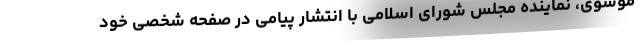
موسوی، نماینده مجلس شورای اسلامی با انتشار پیامی در صفحه شخصی خود